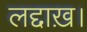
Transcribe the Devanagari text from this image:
लद्दाख़।